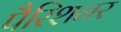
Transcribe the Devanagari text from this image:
पैरिशनर